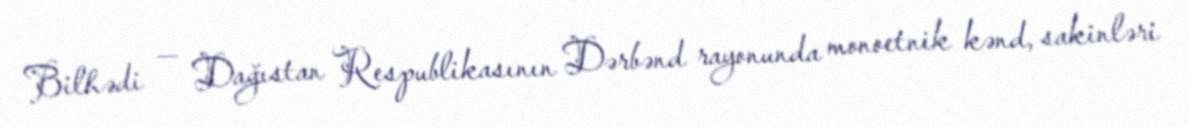
Bilhədi — Dağıstan Respublikasının Dərbənd rayonunda monoetnik kənd, sakinləri